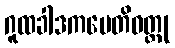
ဂူထခါဒကပေတိဝတ္ထု